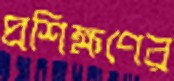
প্রশিক্ষণের